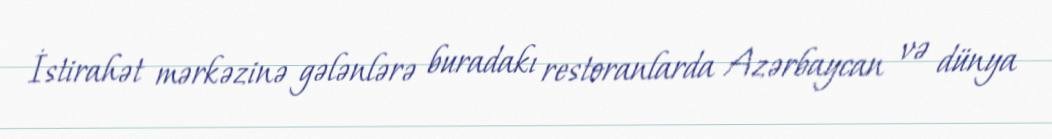
İstirahət mərkəzinə gələnlərə buradakı restoranlarda Azərbaycan və dünya